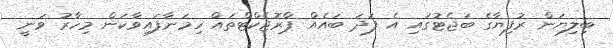
ބިލިޔަން ރުފިޔާގެ ބަޖެޓުގައި އެ ފަދަ ބައެއް ޕްރޮޖެކްޓްތައް ހިމަނާފައިވާކަން މިހާރު ވަނީ